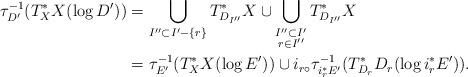
LaTeX: \begin{align*}\tau_{D'}^{-1}(T^{*}_{X}X(\log D'))&=\bigcup_{I''\subset I'-\{r\}}T^{*}_{D_{I''}}X\cup\bigcup_{\substack{I''\subset I' \\ r\in I''}}T^{*}_{D_{I''}}X \\&=\tau_{E'}^{-1}(T^{*}_{X}X(\log E'))\cup i_{r\circ}\tau_{i_{r}^{*}E'}^{-1}(T^{*}_{D_{r}}D_{r}(\log i_{r}^{*}E')). \end{align*}